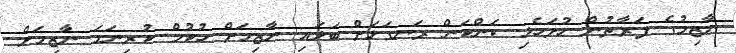
ނާޒިމުގެ ފަރާތުން ހުށަހެޅި ކަންކަން ރަނގަޅަށް ބަލައި ނާޒިމަށް ހުކުމް ކުރިނަމަ ނާޒިމަށް